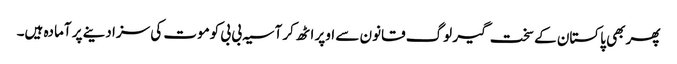
پھر بھی پاکستان کے سخت گیر لوگ قانون سے اوپر اٹھ کر آسیہ بی بی کوموت کی سزا دینے پر آمادہ ہیں۔